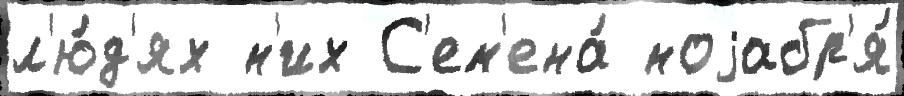
л'ю́д'ях н'их С'ем'ена́ ноjабр'я́